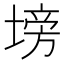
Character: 塝